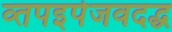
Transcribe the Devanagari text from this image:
व्तपइपेजवदद्ध